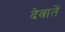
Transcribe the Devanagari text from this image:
देवातें